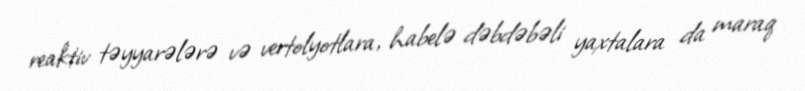
reaktiv təyyarələrə və vertolyotlara, habelə dəbdəbəli yaxtalara da maraq